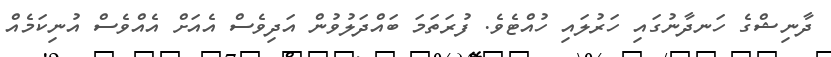
ދާނިޝްގެ ހަނދާނުގައި ހަރުލައި ހުއްޓެވެ. ފުރަތަމަ ބައްދަލުވުން އަދިވެސް އެއަށް އެއްވެސް އުނިކަމެއް